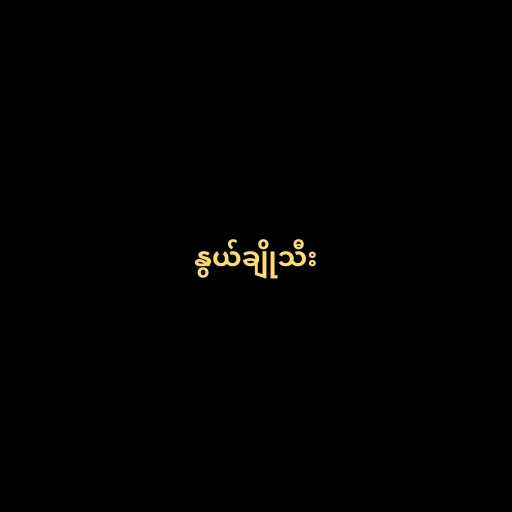
နွယ်ချိုသီး